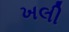
ખલી